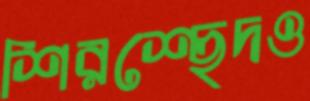
শিরশ্ছেদও